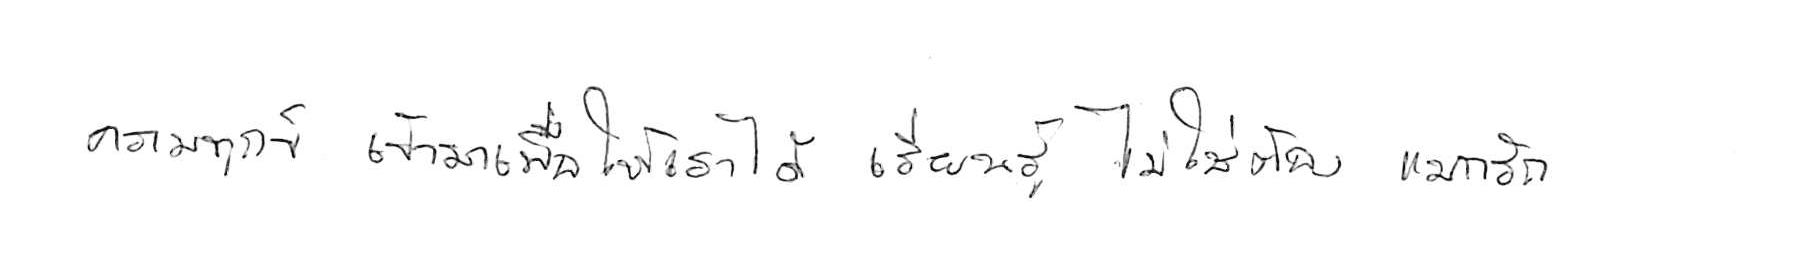
ความทุกข์ เข้ามาเพื่อให้เราได้ เรียนรู้ ไม่ใช่ต้อง แบกรับ